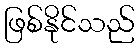
ဖြစ်နိုင်သည်